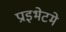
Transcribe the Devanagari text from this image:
प्राइभेटमे